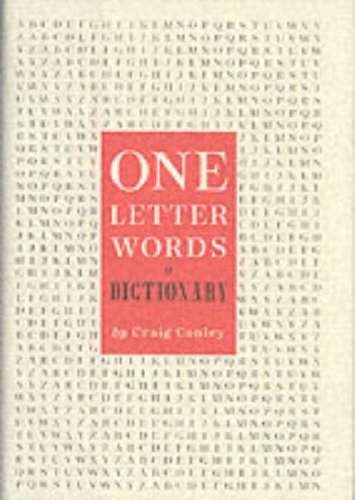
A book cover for One-Letter Words, a Dictionary; Craig Conley; Reference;